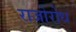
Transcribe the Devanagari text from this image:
राजोरोध